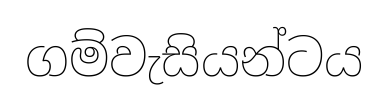
ගම්වැසියන්ටය